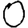
Digit: 0